Investigations into the jail dietaries of the United Provinces with some observations on the influence of dietary on the physical development and well-being of the people of the United Provinces - Number 48
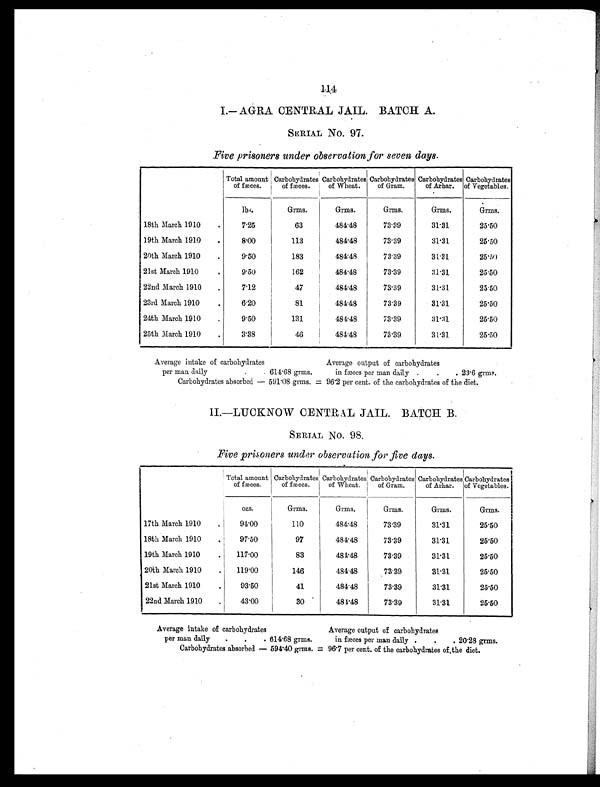
114
I.— AGRA CENTRAL JAIL. BATCH A.
SERIAL NO. 97.
Five prisoners under observation for seven days.
Total amount
of fæces.
Carbohydrates
of fæces.
Carbohydrates
of Wheat.
Carbohydrates
of Gram.
Carbohydrates
of Arhar.
Carbohydrates
of Vegetables.
lbs.
Grms.
Grms.
Grms.
Grms.
Grms.
18th March 1910
.
7.25
63
484.48
73.39
31.31
25.50
19th March 1910
.
8.00
113
484.48
73.39
31.31
25.50
20th March 1910
.
9.50
183
484.48
73.39
31.31
25.50
21st March 1910
.
9.50
162
484.48
73.39
31.31
25.50
22nd March 1910
.
7.12
47
484.48
73.39
31.31
25.50
23rd March 1910
.
6.20
81
484.48
73.39
31.31
25.50
24th March 1910
.
9.50
131
484.48
73.39
31.31
25.50
25th March 1910
.
3.38
46
484.48
73.39
31.31
25.50
Average intake of carbohydrates
Average output of carbohydrates
per man daily
.
. 614.68 grms.
in fæces per man daily .
.
. 23.6 grms.
Carbohydrates absorbed — 591.08 grms. = 96.2 per cent. of the carbohydrates of the diet.
II.—LUCKNOW CENTRAL JAIL. BATCH B.
SERIAL NO. 98.
Five prisoners under observation for five days.
Total amount
of fæces.
Carbohydrates
of fæces.
Carbohydrates
of Wheat.
Carbohydrates
of Gram.
Carbohydrates
of Arhar.
Carbohydrates
of Vegetables.
ozs.
Grms.
Grms.
Grms.
Grms.
Grms.
17th March 1910
.
94.00
110
484.48
73.39
31.31
25.50
18th March 1910
.
97.50
97
484.48
73.39
31.31
25.50
19th March 1910
.
117.00
83
484.48
73.39
31.31
25.50
20th March 1910
.
119.00
146
484.48
73.39
31.31
25.50
21st March 1910
.
93.50
41
484.48
73.39
31.31
25.50
22nd March 1910
.
43.00
30
484.48
73.39
31.31
25.50
Average intake of carbohydrates
Average output of carbohydrates
per man daily
.
.
. 614.68 grms.
in fæces per man daily .
.
. 20.28 grms.
Carbohydrates absorbed — 594.40 grms. = 96.7 per cent. of the carbohydrates of the diet.